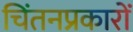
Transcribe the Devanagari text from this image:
चिंतनप्रकारों